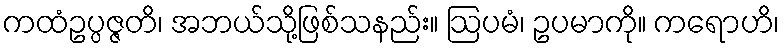
ကထံဥပ္ပဇ္ဇတိ၊ အဘယ်သို့ဖြစ်သနည်း။ ဩပမံ၊ ဥပမာကို။ ကရောဟိ၊